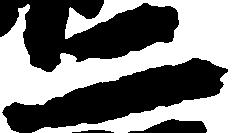
二